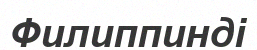
Филиппинді